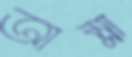
আম্লা